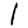
Digit: 1